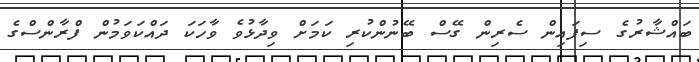
ބައްޝާރުގެ ސިފައިން ސެރިން ގޭސް ބޭނުންކުރި ކަމަށް ވިދާޅުވެ ވާހަކަ ދައްކަވަމުން ފްރާންސްގެ